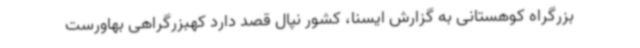
بزرگراه کوهستانی به گزارش ایسنا، کشور نپال قصد دارد کهبزرگراهی بهاورست